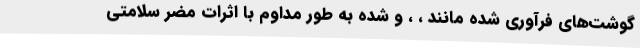
گوشت‌های فرآوری شده مانند ، ، و شده به طور مداوم با اثرات مضر سلامتی